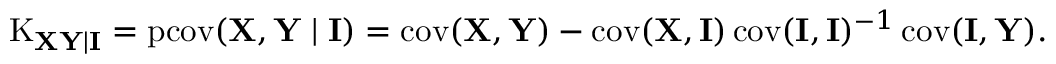
\operatorname { K } _ { \mathbf { X Y \mid I } } = \operatorname { p c o v } ( \mathbf { X } , \mathbf { Y } \mid \mathbf { I } ) = \operatorname { c o v } ( \mathbf { X } , \mathbf { Y } ) - \operatorname { c o v } ( \mathbf { X } , \mathbf { I } ) \operatorname { c o v } ( \mathbf { I } , \mathbf { I } ) ^ { - 1 } \operatorname { c o v } ( \mathbf { I } , \mathbf { Y } ) .